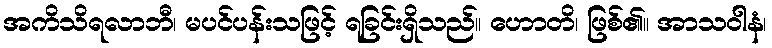
အကိသိရလာဘီ၊ မပင်ပန်းသဖြင့် ရခြင်းရှိသည်။ ဟောတိ၊ ဖြစ်၏။ အာသဝါနံ၊